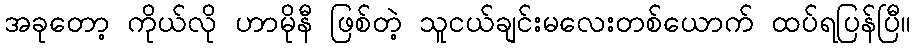
အခုတော့ ကိုယ်လို ဟာမိုနီ ဖြစ်တဲ့ သူငယ်ချင်းမလေးတစ်ယောက် ထပ်ရပြန်ပြီ။